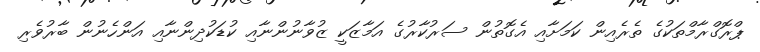
ޕްރޮގްރާމްތަކުގެ ތެރެއިން ކަމަށާއި އެގޮތުން ސަރުކާރުގެ އަމާޒަކީ ޒުވާނުންނާއި ކުޑަކުދިންނާއި އަންހެނުން ބާރުވެރި